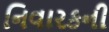
નિવારકની